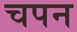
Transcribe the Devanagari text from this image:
चपन